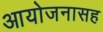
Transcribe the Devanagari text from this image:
आयोजनासह